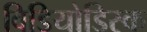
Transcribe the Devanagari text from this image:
विडियोडिस्क